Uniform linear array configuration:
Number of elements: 8
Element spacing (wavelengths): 0.25
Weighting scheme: uniform
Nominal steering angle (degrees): -15
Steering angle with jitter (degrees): -16.374
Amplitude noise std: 0.05
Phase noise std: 0.05

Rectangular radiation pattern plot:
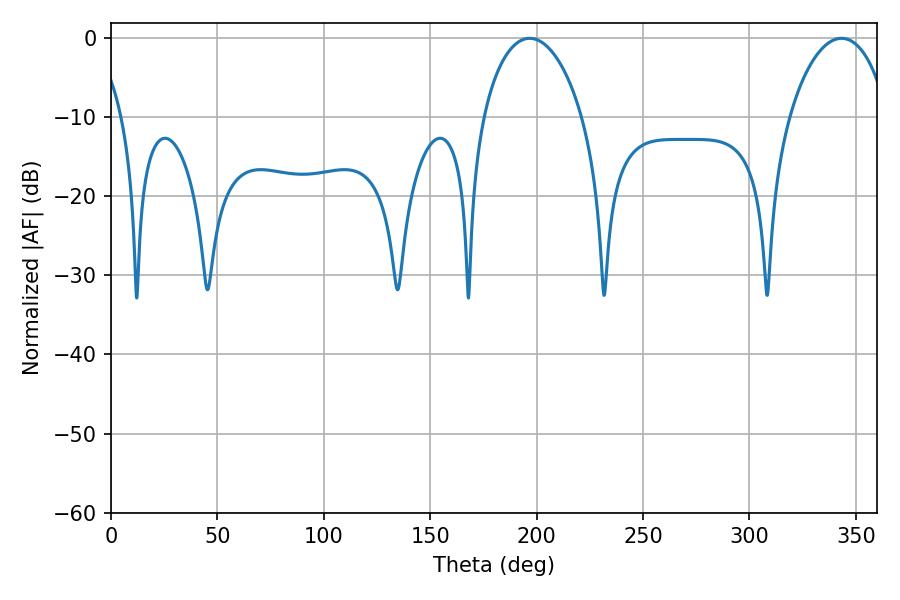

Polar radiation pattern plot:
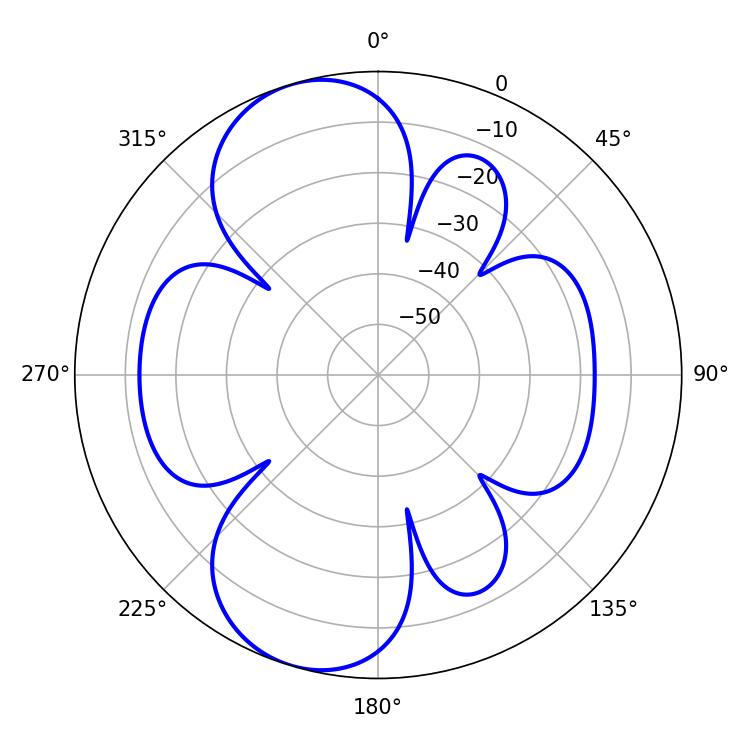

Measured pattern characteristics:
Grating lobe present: FALSE
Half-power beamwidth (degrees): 26.64
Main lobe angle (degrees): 196.74